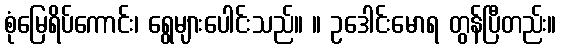
စုံမြေရိပ်ကောင်း၊ ရွေများပေါင်းသည်။ ။ ဥဒေါင်းမောရ တွန်ပြီတည်း။